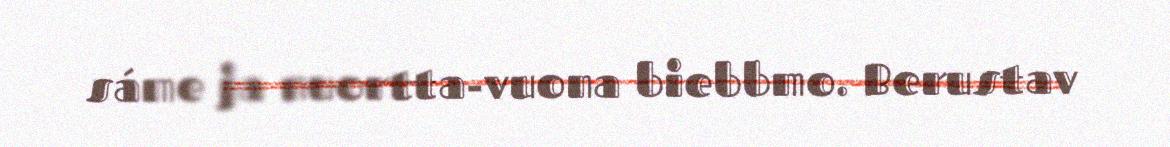
sáme ja nuortta-vuona biebbmo. Berustav